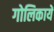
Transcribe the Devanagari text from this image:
गोलिकायें